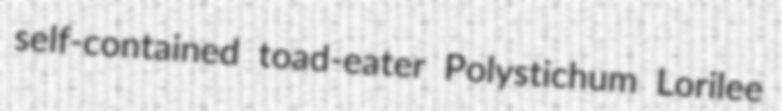
self-contained toad-eater Polystichum Lorilee